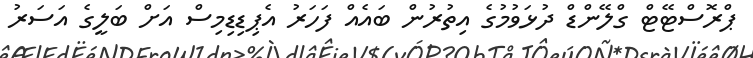
ޕްރޮސްޓޭޓް ގްލޭންޑް ދުޅަވުމުގެ އިތުރުން ބައެއް ފަަހަރު އެޕިޑިޑިމިސް އަށް ބަލީގެ އަސަރު